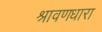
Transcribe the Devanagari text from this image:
श्रावणधारा